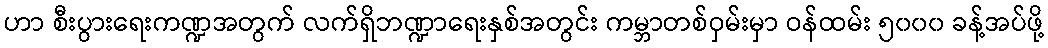
ဟာ စီးပွားရေးကဏ္ဍအတွက် လက်ရှိဘဏ္ဍာရေးနှစ်အတွင်း ကမ္ဘာတစ်ဝှမ်းမှာ ဝန်ထမ်း ၅၀၀၀ ခန့်အပ်ဖို့